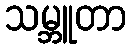
သမ္ဘူတာ